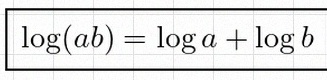
\log(ab)=\log a+\log b